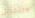
محتجزين